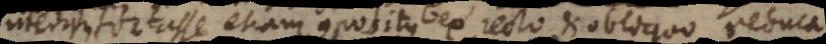
uterque fortasse etiam compositus ex recto et obliquo reducatur